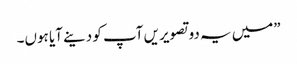
”میں یہ دو تصویریں آپ کو دینے آیا ہوں۔